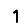
Digit: 1